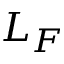
L _ { F }